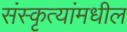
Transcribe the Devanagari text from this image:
संस्कृत्यांमधील